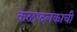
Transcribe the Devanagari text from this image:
कळफलकाची